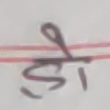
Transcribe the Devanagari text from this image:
हो